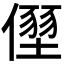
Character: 𠏂